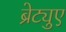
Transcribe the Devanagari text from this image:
ब्रेट्युए